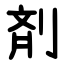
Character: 剤